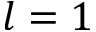
l = 1